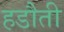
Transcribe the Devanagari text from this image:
हडौती